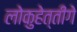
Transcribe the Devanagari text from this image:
लोकुहेत्तीगे